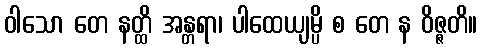
ဝါသော တေ နတ္ထိ အန္တရာ၊ ပါထေယျမ္ပိ စ တေ န ဝိဇ္ဇတိ။